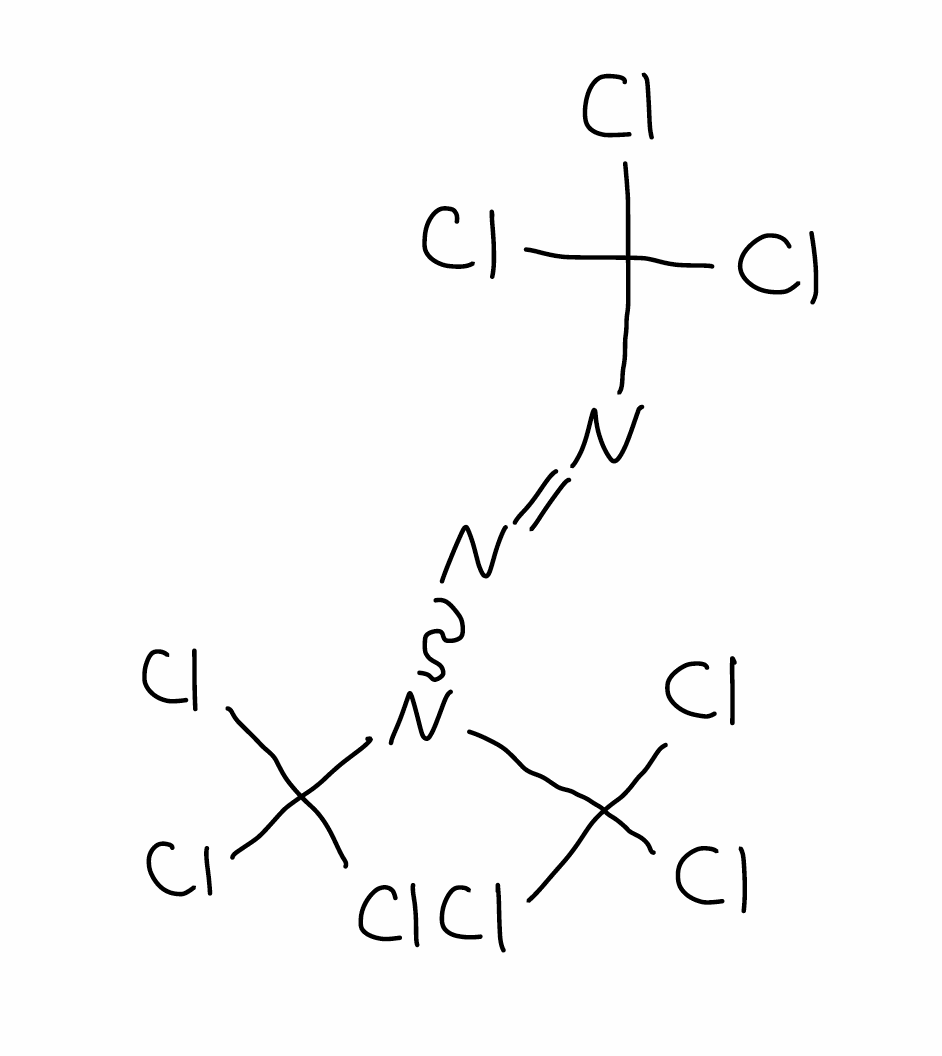
Simplified molecular-input line-entry system (SMILES) notation of the given molecule:
C(N=NN(C(Cl)(Cl)Cl)C(Cl)(Cl)Cl)(Cl)(Cl)Cl